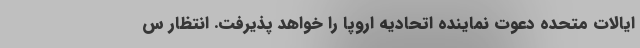
ایالات متحده دعوت نماینده اتحادیه اروپا را خواهد پذیرفت. انتظار س